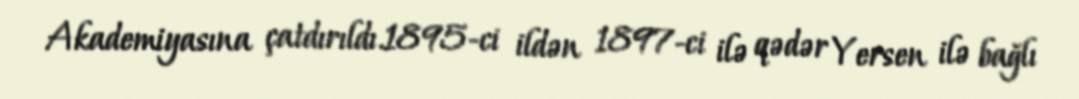
Akademiyasına çatdırıldı.1895-ci ildən 1897-ci ilə qədər Yersen ilə bağlı